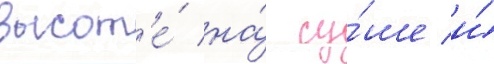
высот'е́ на́ су́ше и́